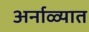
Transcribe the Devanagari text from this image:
अर्नाळ्यात